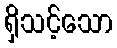
ရှိသင့်သော